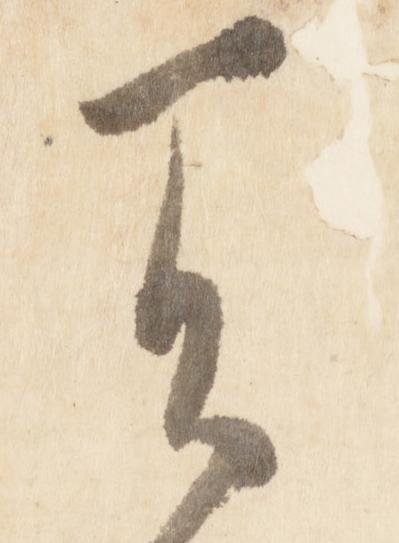
天